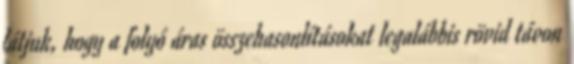
látjuk, hogy a folyó áras összehasonlításokat legalábbis rövid távon